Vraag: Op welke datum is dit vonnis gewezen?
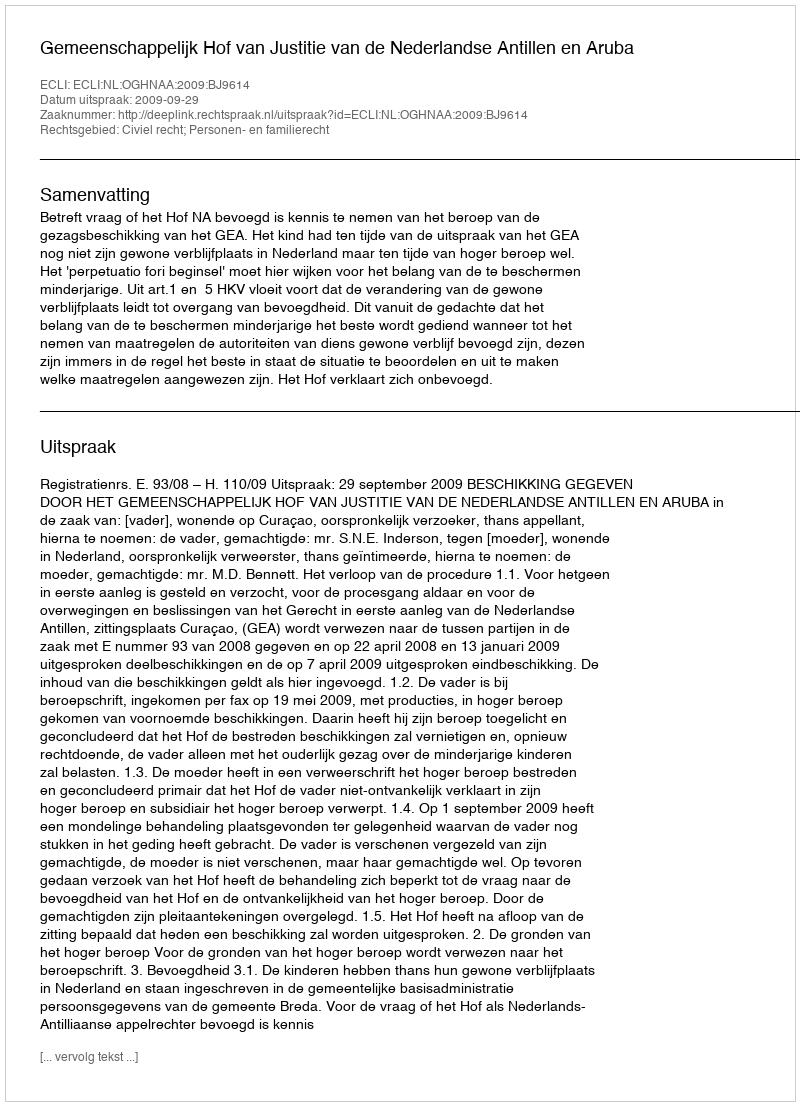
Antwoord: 2009-09-29